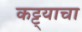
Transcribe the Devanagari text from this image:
कट्ट्याचा